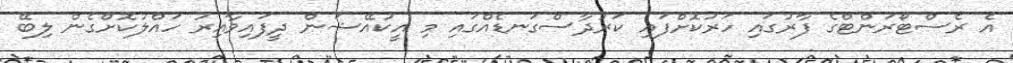
އެ ރެސްޓޯރަންޓްގެ ފާރުގައި ހަރުކޮށްފައި ކަރުދާސްގަނޑެއްގައި މި އީކުއޭޝަން ދީފައިވާއިރު ހައްލުކޮށްގެން ލިބޭ